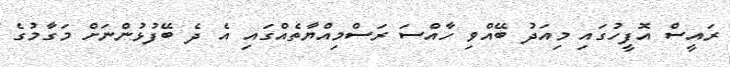
ރައީސް އޮފީހުގައި މިއަދު ބޭއްވި ހާއްސަ ރަސްމިއްޔާތެއްގައި އެ ދެ ބޭފުޅުންނަށް މަގާމުގެ